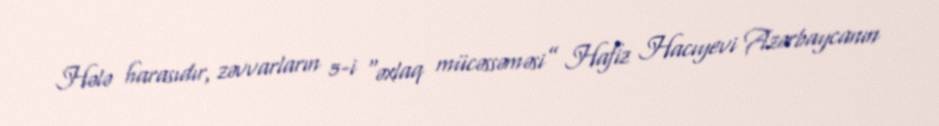
Hələ harasıdır, zəvvarların 5-i “əxlaq mücəssəməsi” Hafiz Hacıyevi Azərbaycanın